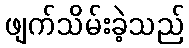
ဖျက်သိမ်းခဲ့သည်